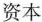
资本